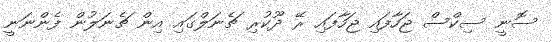
ސޮނީ ސިކްސް ޖަހާފައި ޖަހާފައި ރޭ ދޫކުރި ޗެނަލްގައި އިން ޗެނަލުން ފެންނަނީ